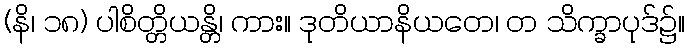
(နိ၊ ၁၈) ပါစိတ္တိယန္တိ၊ ကား။ ဒုတိယာနိယတေ၊ တ သိက္ခာပုဒ်၌။